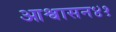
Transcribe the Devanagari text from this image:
आश्वासन४१